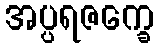
အပ္ပရဇက္ခေ